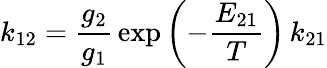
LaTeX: k_{12}=\frac{g_{2}}{g_{1}}\, \exp\left(-\frac{E_{21}}{T}\right)\, k_{21}